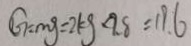
G = m g = 2 k g < 9 . 8 = 1 9 . 6